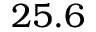
2 5 . 6